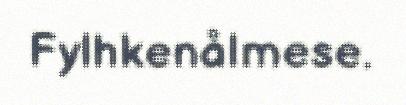
Fylhkenålmese.